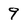
Character: 9